Civil Veterinary Dept. North-West Frontier Province 1901-22 - 1901-1922
Year: 1901
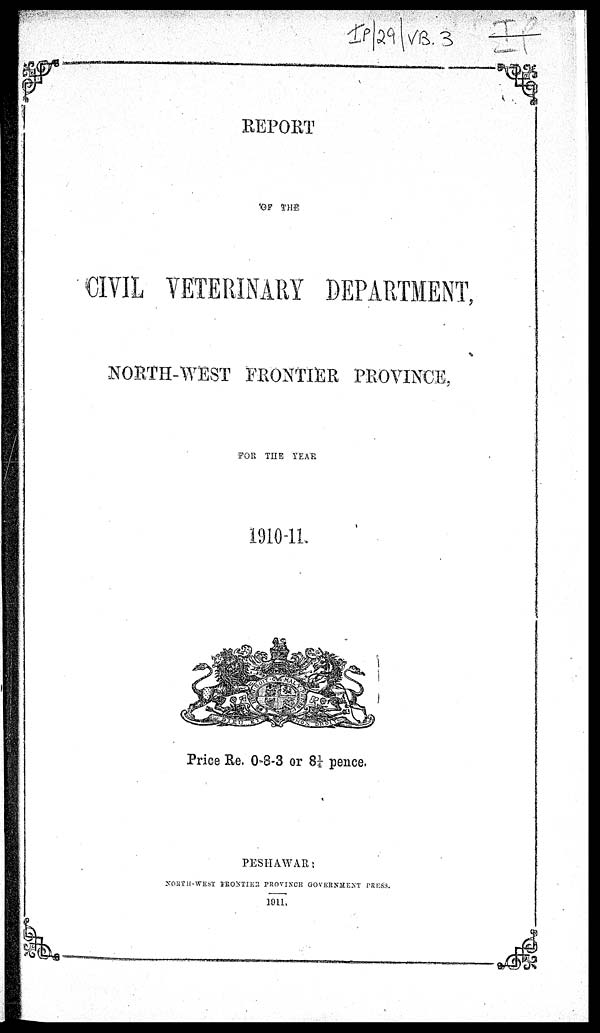
REPORT
OF THE
CIVIL VETERINARY DEPARTMENT,
NORTH-WEST FRONTIER PROVINCE,
FOR THE YEAR
1910-11.
Price Re. 0-8-3 or 8¼ pence.
PESHAWAR:
NORTH-WEST FRONTIER PROVINCE GOVERNMENT PRESS.
1911.